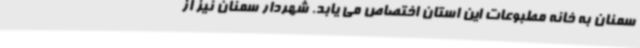
سمنان به خانه مطبوعات این استان اختصاص می یابد. شهردار سمنان نیز از